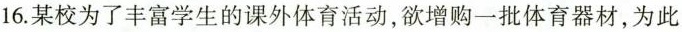
16.某校为了丰富学生的课外体育活动，欲增购一批体育器材，为此